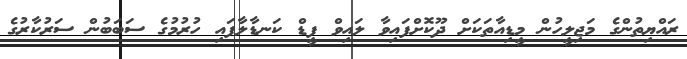
ރައްޔިތުންގެ މަޖިލީހުން މީޑިއާތަކަށް ދޫކޮށްފައިވާ ލައިވް ފީޑް ކަނޑާލާފައި ހުރުމުގެ ސަބަބުން ސަރުކާރުގެ